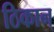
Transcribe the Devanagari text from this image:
ठिकान्